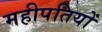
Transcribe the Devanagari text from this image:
महीपतियों